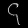
Digit: ၄